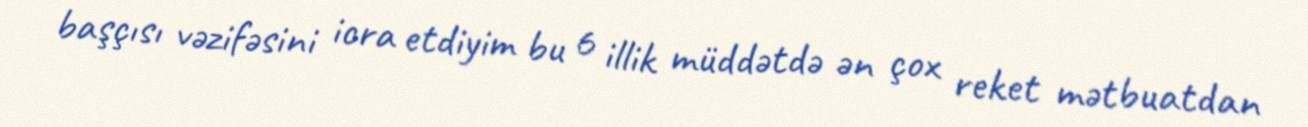
başçısı vəzifəsini icra etdiyim bu 6 illik müddətdə ən çox reket mətbuatdan